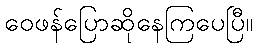
ဝေဖန်ပြောဆိုနေကြပေပြီ။